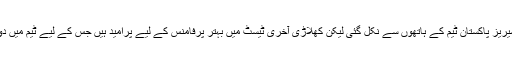
جنوبی افریقا کے خلاف ٹیسٹ سیریز پاکستان ٹیم کے ہاتھوں سے نکل گئی لیکن کھلاڑی آخری ٹیسٹ میں بہتر پرفامنس کے لیے پُرامید ہیں جس کے لیے ٹیم میں دو تبدیلیوں پر غور کیا جارہا ہے۔